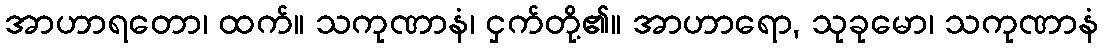
အာဟာရတော၊ ထက်။ သကုဏာနံ၊ ငှက်တို့၏။ အာဟာရော, သုခုမော၊ သကုဏာနံ